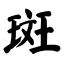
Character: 斑